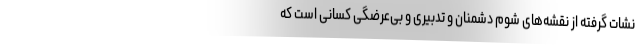
نشات گرفته از نقشه‌های شوم دشمنان و تدبیری و بی‌عرضگی کسانی است که